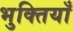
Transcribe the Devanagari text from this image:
भुक्तियाँ